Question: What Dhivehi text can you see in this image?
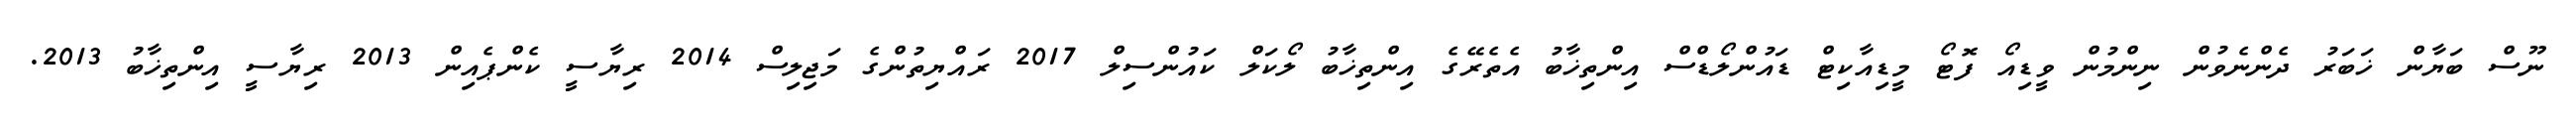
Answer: ނޫސް ބަޔާން ޚަބަރު ދެންނެވުން ނިންމުން ވީޑިއޯ ފޮޓޯ މީޑިއާކިޓް ޑައުންލޯޑްސް އިންތިޚާބު އެތެރޭގެ އިންތިޚާބު ލޯކަލް ކައުންސިލް 2017 ރައްޔިތުންގެ މަޖިލިސް 2014 ރިޔާސީ ކެންޕެއިން 2013 ރިޔާސީ އިންތިޚާބު 2013.